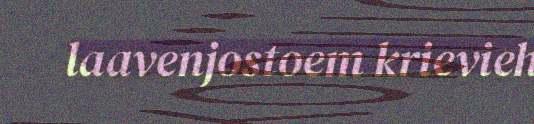
laavenjostoem krievieh